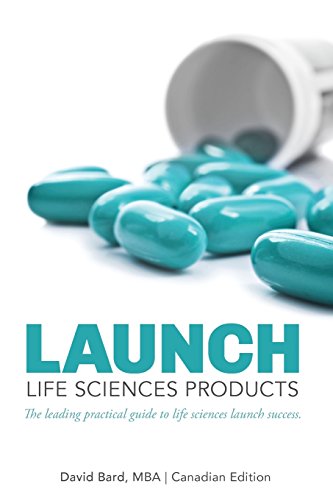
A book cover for Launch: Life Sciences Products; David Michael Bard; Business & Money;